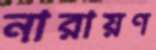
নারায়ণ